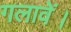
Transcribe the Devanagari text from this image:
गलावें।